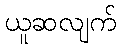
ယူဆလျက်